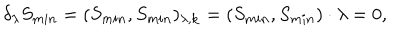
LaTeX: \delta _ { \lambda } S _ { m i n } = ( S _ { m i n } , S _ { m i n } ) _ { \lambda , { \bf k } } = ( S _ { m i n } , S _ { m i n } ) \cdot \lambda = 0 ,